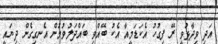
އަދި ވިދާޅުވީ ރޭ ފިގުހު އެކަޑަމީއާ އެކު ބޭއްވި ބައްދަލުވުމުން އެނގިގެން ދިޔައީ